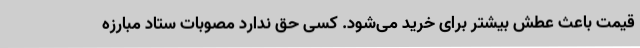
قیمت باعث عطش بیشتر برای خرید می‌شود. کسی حق ندارد مصوبات ستاد مبارزه